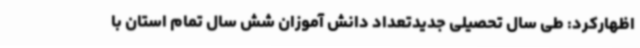
اظهارکرد: طی سال تحصیلی جدیدتعداد دانش آموزان شش سال تمام استان با